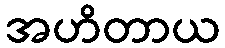
အဟိတာယ